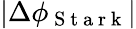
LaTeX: |\Delta\phi_{\mathrm{~S~t~a~r~k~}}|